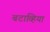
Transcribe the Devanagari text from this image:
बटाव्हिया